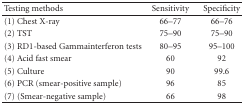
| Testing methods | Sensitivity | Specificity |
 | --- | --- | --- |
 | (1) Chest X-ray | 66–77 | 66–76 |
 | (2) TST | 75–90 | 75–90 |
 | (3) RD1-based Gammainterferon tests | 80–95 | 95–100 |
 | (4) Acid fast smear | 60 | 92 |
 | (5) Culture | 90 | 99.6 |
 | (6) PCR (smear-positive sample) | 96 | 85 |
 | (7) (Smear-negative sample) | 66 | 98 |